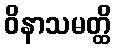
ဝိနာသမတ္ထိ